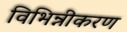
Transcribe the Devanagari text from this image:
विभिन्नीकरण